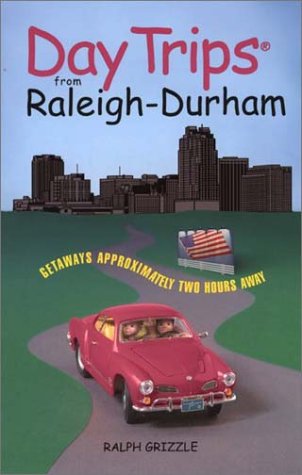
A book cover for Day Trips from Raleigh-Durham: Getaways Approximately Two Hours Away (Day Trips Series); Ralph Grizzle; Travel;